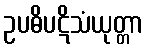
ဥပဓိပဋိသံယုတ္တာ